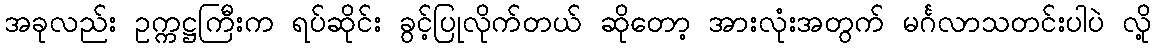
အခုလည်း ဥက္ကဋ္ဌကြီးက ရပ်ဆိုင်း ခွင့်ပြုလိုက်တယ် ဆိုတော့ အားလုံးအတွက် မင်္ဂလာသတင်းပါပဲ လို့